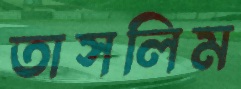
তাসলিম